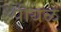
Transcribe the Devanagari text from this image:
पीथळ